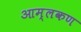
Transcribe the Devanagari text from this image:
आम्लकण